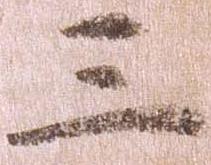
三